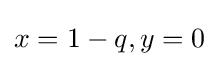
x=1-q,y=0